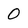
Character: 0